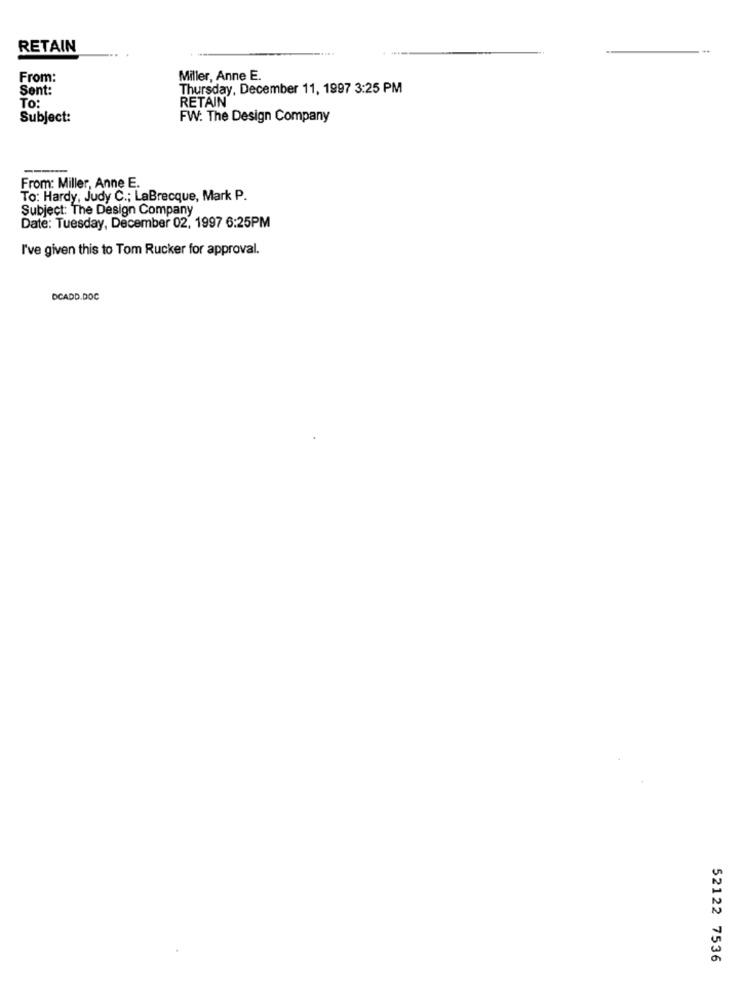
RETAIN
From:
Miller, Anne E.
Sent:
Thursday, December 11, 1997 3:25 PM
To:
RETAIN
Subject:
FW: The Design Company
From: Miller, Anne E.
To: Hardy, Judy C .; LaBrecque, Mark P.
Subject: The Design Company
Date: Tuesday, December 02, 1997 6:25PM
I've given this to Tom Rucker for approval.
DCADD.DOC
52122 7536